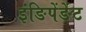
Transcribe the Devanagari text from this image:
इंङिपेंङेंट